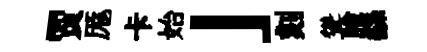
贾厖卡始」刻聳膾繇